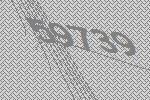
59739